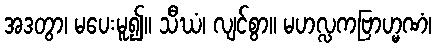
အဒတွာ၊ မပေးမူ၍။ သီဃံ၊ လျင်စွာ။ မဟလ္လကဗြာဟ္မဏံ၊